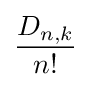
{D_{n,k} \over n!}